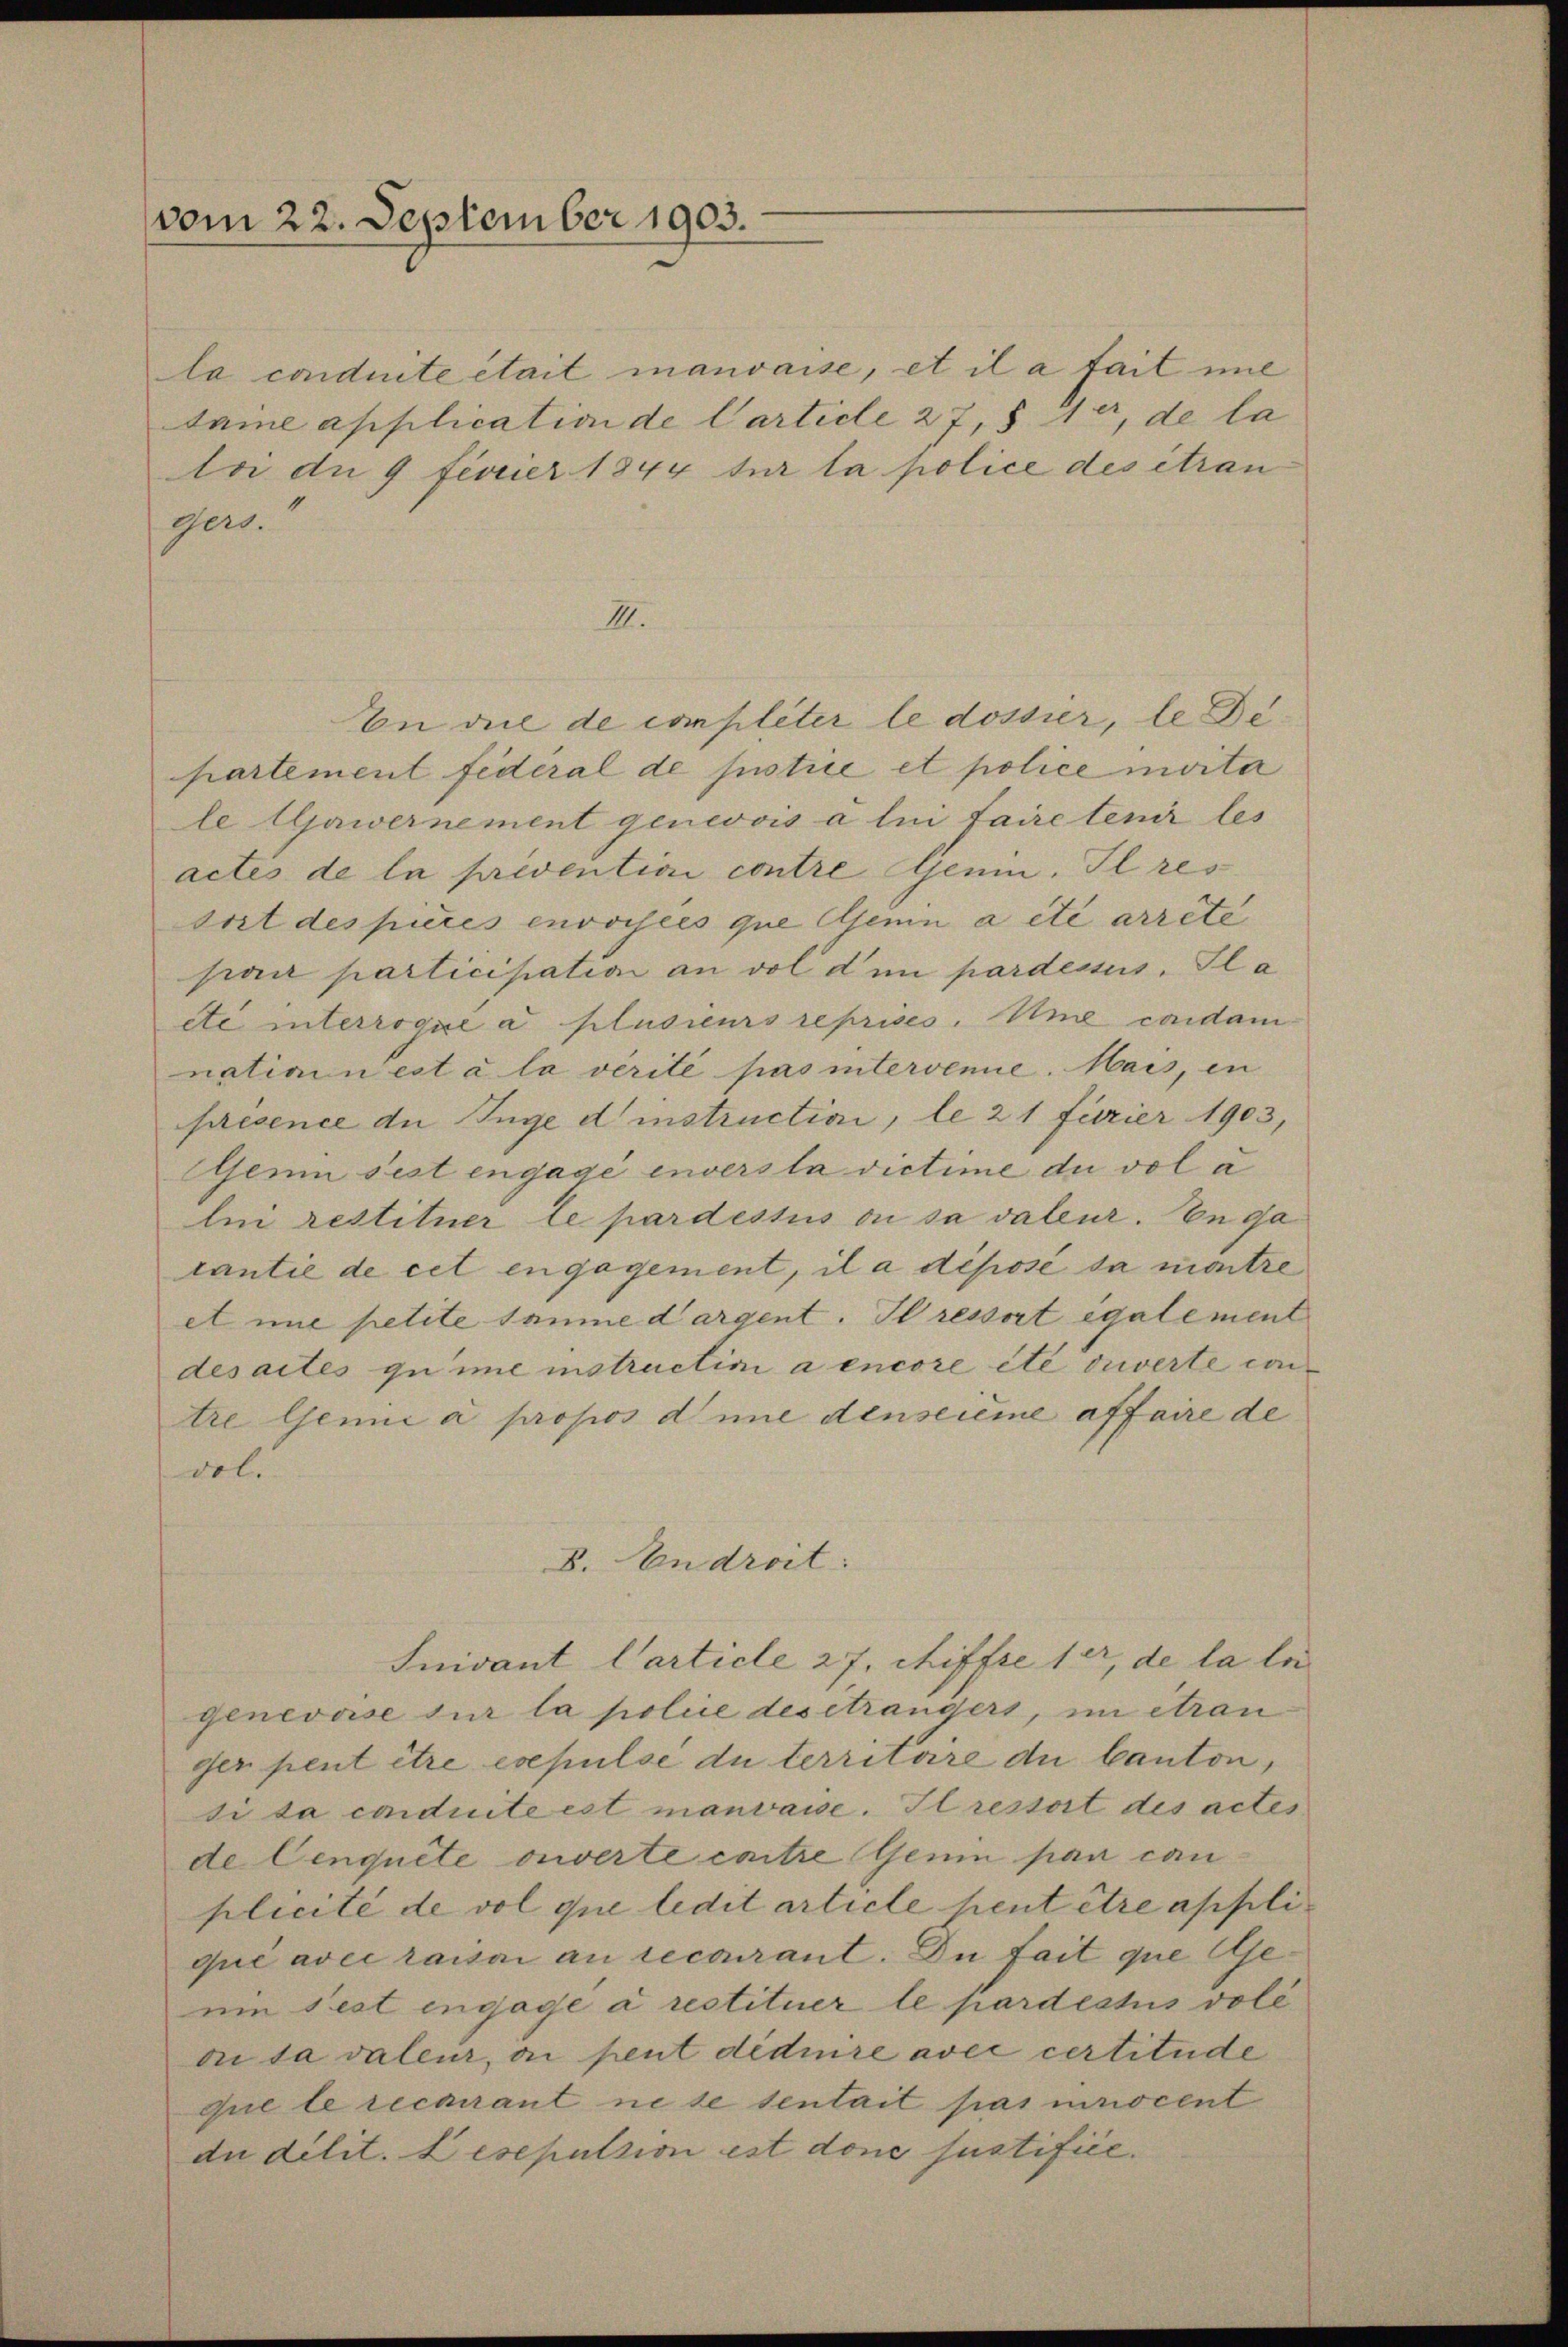
vom 22. September 1903.

la conduite était manvaise, et il a fait nie
taine application de Carticle 27, § 1 er, de la
tri de 9 Fevier 1844 sur la police des étran
Ger.
IIII.
In die de completer le dossier, le Departement fideral de justice et police moita
le lljawernement genevois a lui faire tenir les
actes de la privention contre Genin. Il res
sort des pieres envoisées que senin a été arrête
pan participation an vol dem pardessus, Gla
etc interroque a plusieurs reprises. Une condam
nation n’est à la vérité pas intervenue. Mais, in
sesence an Inge d instruction, le 21 furier 1903,
Geim Fest engage enverstadictime du vol a
lui restituer le pardestiis ou sa valeur. En ga
cantie de cet engagement, il a déposé da matre
etine petite samme dargent. Il ressort également
desactes zu ime instructini a encore été ouverte contre Genie a propos d une denseième affaire de
vol.
B. Androit.
Inivant Carticle 27, chiffre der, de la le
genevase sur la police des étrangers, im étran
ger peut être expulse du territoire du Canton,
si da conduite est manvaise. Il restort des actes
de Cenquete ouverte contre Genin par can
plicité de vol que ledit article heut être appliqué avec raisai an recourant. Du fait que Ge
ein fest engage à restituer le pardestiis vole
ou sa valeur, ai peut déduire avec certitude
que le recourant ne se sentait pasinocent
du dilit. Lesepulsion est done justifice.